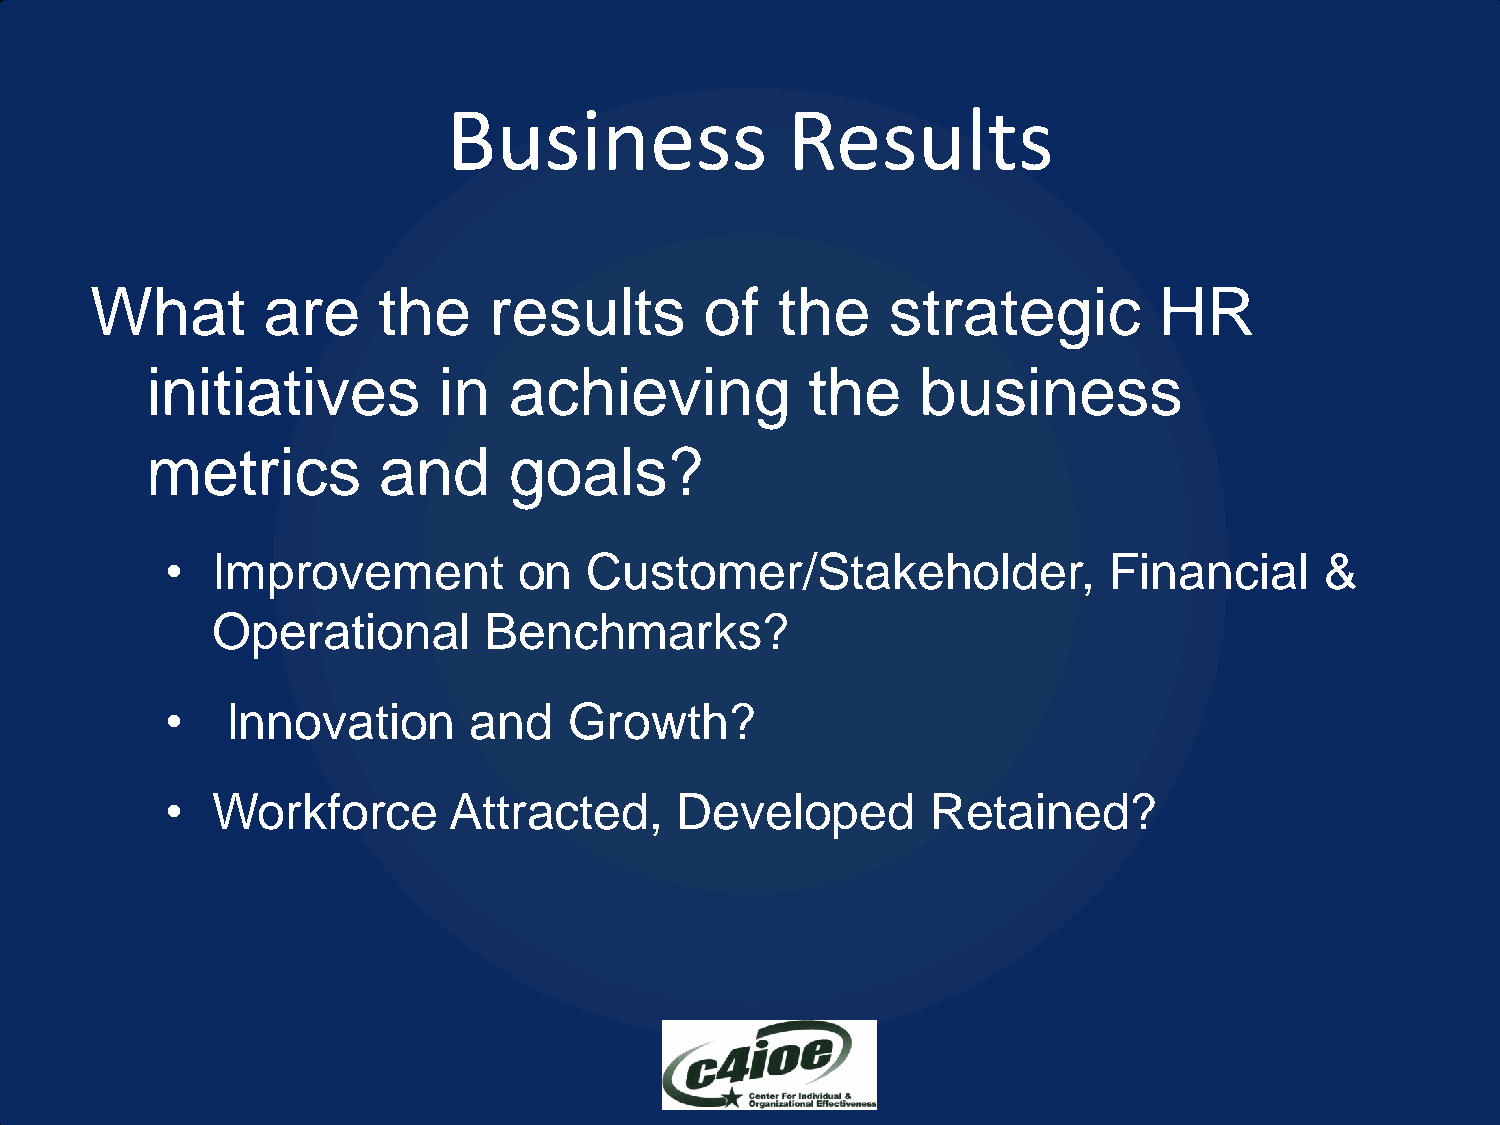
Business              Results
 What       are     the    results        of  the     strategic         HR
 initiatives        in   achieving           the    business
 metrics        and      goals?
 •  Improvement         on   Customer/Stakeholder,             Financial      &
 Operational       Benchmarks?
 •   Innovation      and    Growth?
 •  Workforce       Attracted,     Developed        Retained?